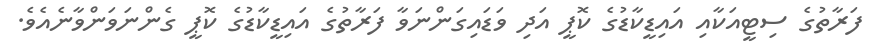
ފަރާތުގެ ސިޓީއަކާއި އައިޑީކާޑުގެ ކޮޕީ އަދި ވަޑައިގަންނަވާ ފަރާތުގެ އައިޑީކާޑުގެ ކޮޕީ ގެންނަވަންވާނެއެވެ.